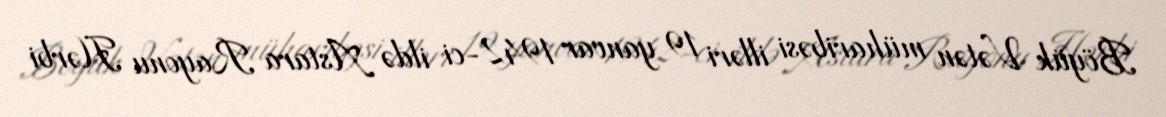
Böyük Vətən müharibəsi illəri 19 yanvar 1942-ci ildə Astara Rayonu Hərbi